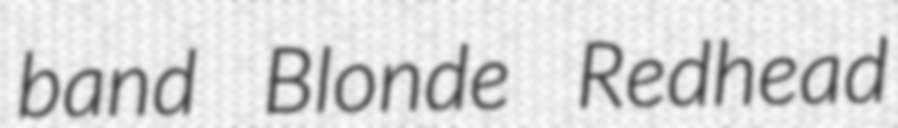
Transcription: band Blonde Redhead